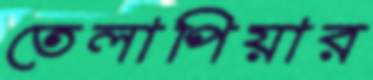
তেলাপিয়ার